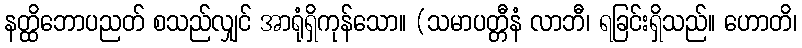
နတ္ထိဘောပညတ် စသည်လျှင် အာရုံရှိကုန်သော။ (သမာပတ္တီနံ လာဘီ၊ ရခြင်းရှိသည်။ ဟောတိ၊